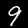
Digit: 9